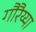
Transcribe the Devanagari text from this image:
गौरैय्या